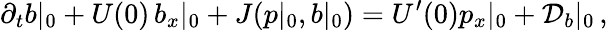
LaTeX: \partial_{t}b|_{0}+U(0)\, b_{x}|_{0}+J(p|_{0},b|_{0})=U^{\prime}(0)p_{x}|_{0}+{\cal D}_{b}|_{0}\, ,